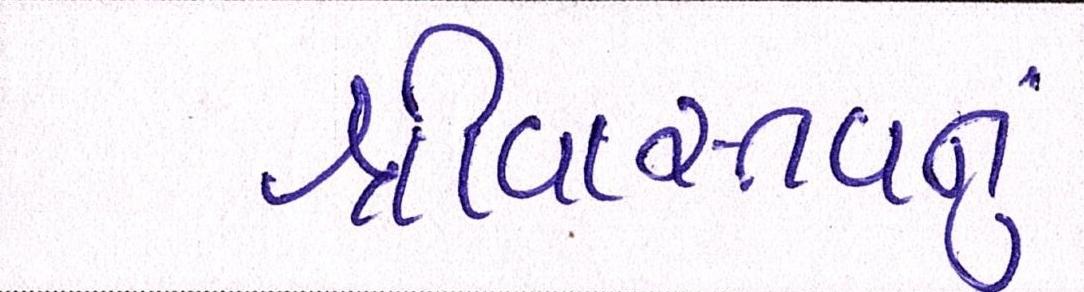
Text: શ્રીવાસ્તવનું